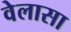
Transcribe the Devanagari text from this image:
वेलासा